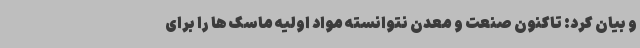
و بیان کرد: تاکنون صنعت و معدن نتوانسته مواد اولیه ماسک ها را برای